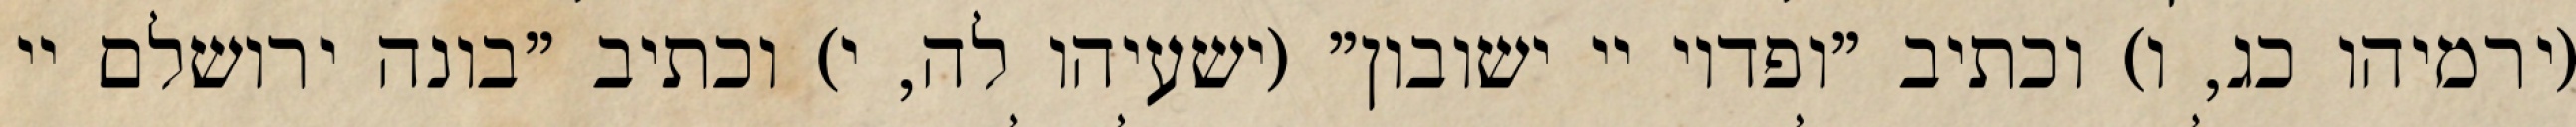
(ירמיהו כג, ו) וכתיב "ופדוי יי ישובון" (ישעיהו לה, י) וכתיב "בונה ירושלם יי